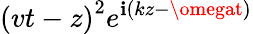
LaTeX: \left(vt-z\right)^{2}e^{\mathbf{i}\left(kz-\omegat\right)}